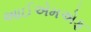
આઈએમએફ